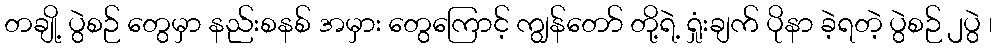
တချို့ ပွဲစဉ် တွေမှာ နည်းစနစ် အမှား တွေကြောင့် ကျွန်တော် တို့ရဲ့ ရှုံးချက် ပိုနာ ခဲ့ရတဲ့ ပွဲစဉ် ၂ပွဲ ၊